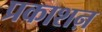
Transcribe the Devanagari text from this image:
प्रकाशऩ